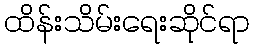
ထိန်းသိမ်းရေးဆိုင်ရာ